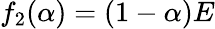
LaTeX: f_{2}(\alpha)=(1-\alpha)E